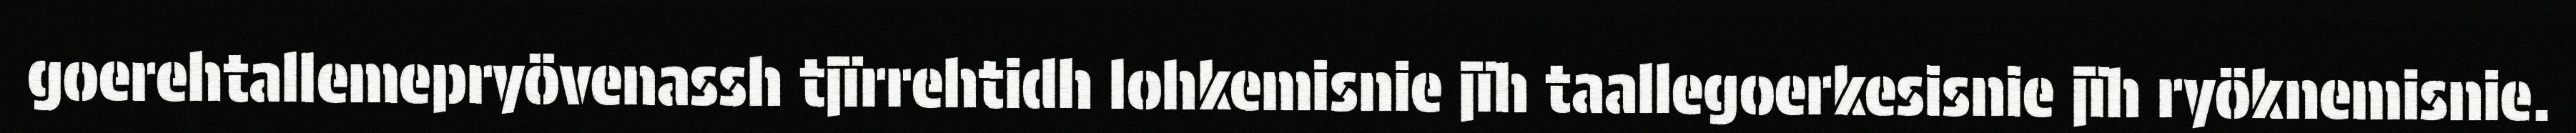
goerehtallemepryövenassh tjïrrehtidh lohkemisnie jïh taallegoerkesisnie jïh ryöknemisnie.